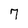
Character: 7